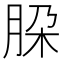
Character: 𬚹